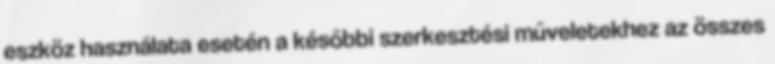
eszköz használata esetén a későbbi szerkesztési műveletekhez az összes